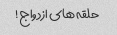
حلقه های ازدواج!